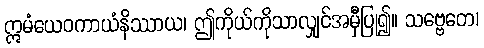
ဣမံယေဝကာယံနိဿာယ၊ ဤကိုယ်ကိုသာလျှင်အမှီပြု၍။ သဗ္ဗေတေ၊